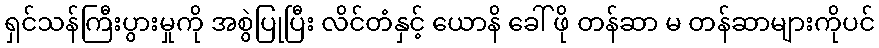
ရှင်သန်ကြီးပွားမှုကို အစွဲပြုပြီး လိင်တံနှင့် ယောနိ ခေါ် ဖို တန်ဆာ မ တန်ဆာများကိုပင်